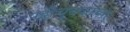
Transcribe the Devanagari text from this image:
पट्टीचुंबकाच्या